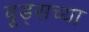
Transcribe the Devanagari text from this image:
वूड्सच्या